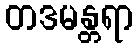
တဒမန္တရာ